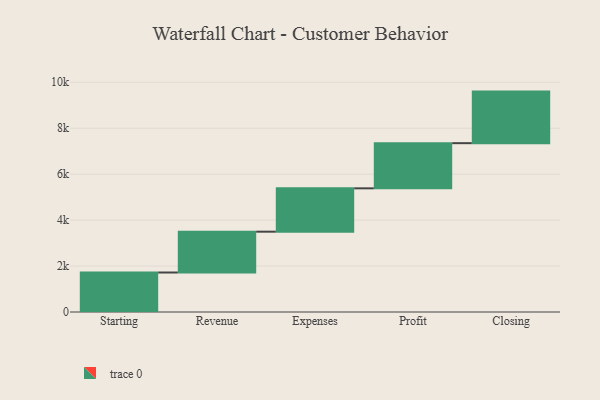
{"axis": {"x": "Step", "y": "Value"}, "legend": [""], "data": [{"x": "Starting", "y": 1719.0, "type": ""}, {"x": "Revenue", "y": 1777.0, "type": ""}, {"x": "Expenses", "y": 1887.0, "type": ""}, {"x": "Profit", "y": 1966.0, "type": ""}, {"x": "Closing", "y": 2244.0, "type": ""}]}